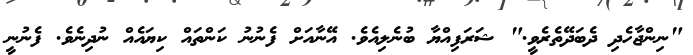
"ނިންޖާހެދި ދެބަދޭތެރެވީ." ޝަރަފިއްޔާ ބުނެލިއެވެ. އޭނާއަށް ފެނުނު ކަންތައް ކިޔައެއް ނުދިނެވެ. ފެނުނީ